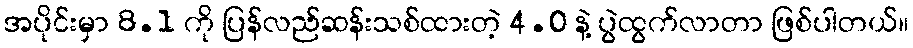
အပိုင်းမှာ 8.1 ကို ပြန်လည်ဆန်းသစ်ထားတဲ့ 4.0 နဲ့ ပွဲထွက်လာတာ ဖြစ်ပါတယ်။